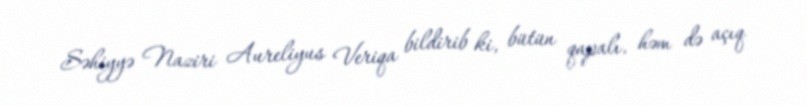
Səhiyyə Naziri Aureliyus Veriqa bildirib ki, bütün qapalı, həm də açıq